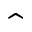
\hat { }